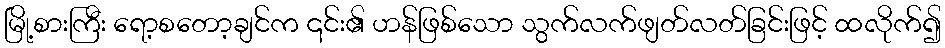
မြို့စားကြီး ရော့စတော့ချင်က ၎င်း၏ ဟန်ဖြစ်သော သွက်လက်ဖျတ်လတ်ခြင်းဖြင့် ထလိုက်၍